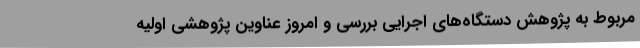
مربوط به پژوهش دستگاه‌های اجرایی بررسی و امروز عناوین پژوهشی اولیه